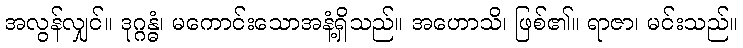
အလွန်လျှင်။ ဒုဂ္ဂန္ဓံ၊ မကောင်းသောအနံ့ရှိသည်။ အဟောသိ၊ ဖြစ်၏။ ရာဇာ၊ မင်းသည်။